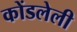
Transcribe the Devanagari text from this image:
कोंडलेली